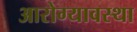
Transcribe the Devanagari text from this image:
आरोग्यावस्था